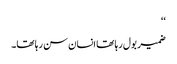
‘‘
ضمیر بول رہا تھا انسان سن رہا تھا۔